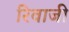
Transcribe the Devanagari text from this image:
रिवाजी